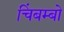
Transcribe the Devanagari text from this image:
चिंबम्बो